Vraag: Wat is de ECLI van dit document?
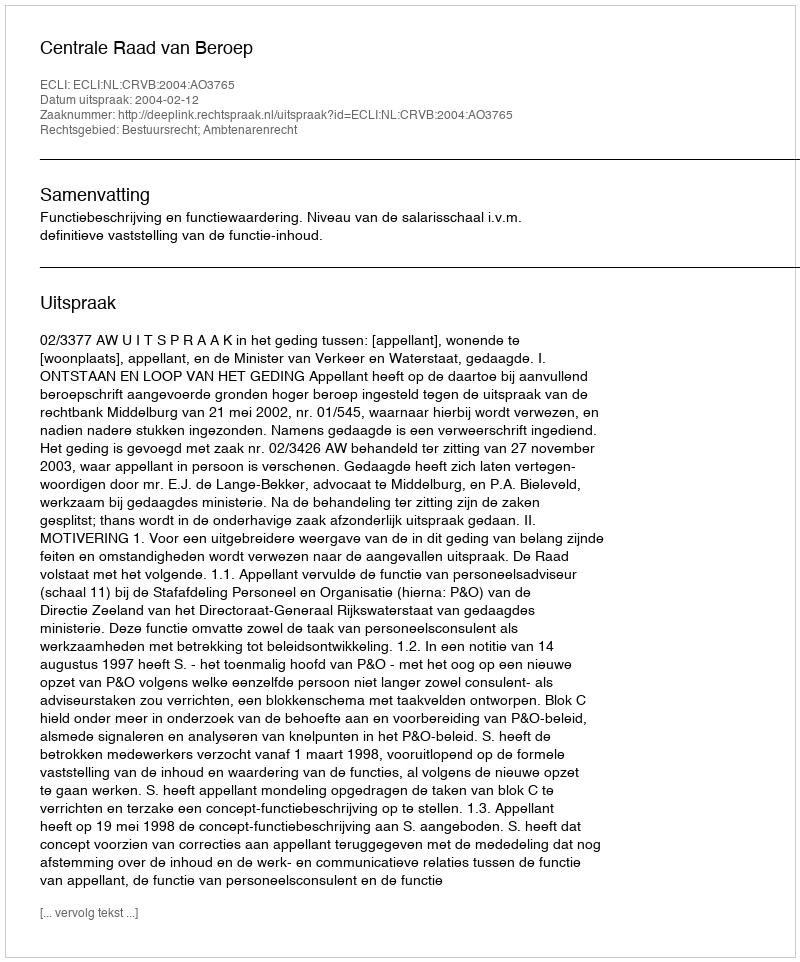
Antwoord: ECLI:NL:CRVB:2004:AO3765